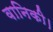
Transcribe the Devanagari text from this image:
वानिकी।